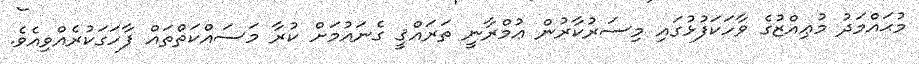
މުޙައްމަދު މުޢިއްޒުގެ ވާހަކަފުޅުގައި މިސަރުކާރުން ޢުމްރާނީ ތަރައްޤީ ގެނައުމަށް ކުރާ މަސައްކަތްތައް ފާހަގަކުރެއްވިއެވެ.